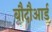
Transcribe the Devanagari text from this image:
बौदौआर्ड